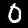
Digit: 0